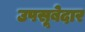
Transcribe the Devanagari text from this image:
उपसूबेदार